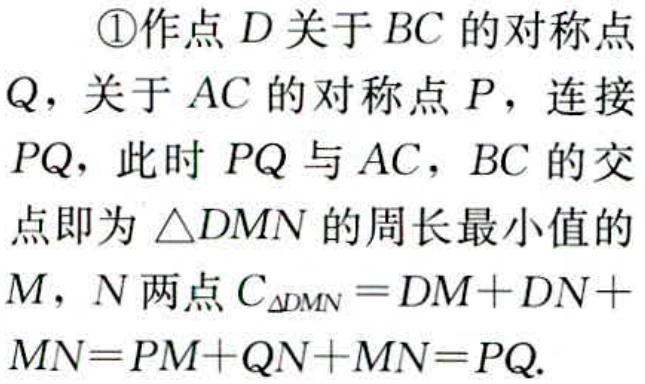
\textcircled{1}作点\(D\)关于\(BC\)的对称点

\(Q\)，关于\(AC\)的对称点\(P\)，连接

\(PQ\)，此时 \(PQ\)与\(AC\)，\(BC\)的交

点即为 \(\triangle DMN\)的周长最小值的

\(M\)，\(N\)两点\(C_{\triangle DMN}=DM + DN+\)

\(MN = PM + QN+MN = PQ\).